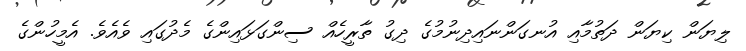
ލިޔަން ކިޔަން ދަތުމާއި އުނގަންނައިދިނުމުގެ ދިގު ތާރީހެއް ސިންގަޅައިންގެ މެދުގައި ވެއެވެ. އެމީހުންގެ